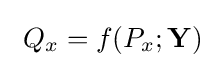
\ Q_{x}=f(P_{x};\mathbf {Y} )